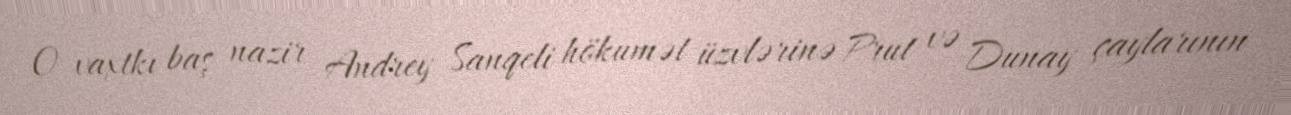
O vaxtkı baş nazir Andrey Sanqeli hökumət üzvlərinə Prut və Dunay çaylarının